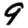
Digit: 9